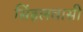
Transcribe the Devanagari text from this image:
सिंहलवासी